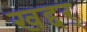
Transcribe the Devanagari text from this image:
खद्दर्